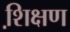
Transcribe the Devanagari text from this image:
शि़क्षण